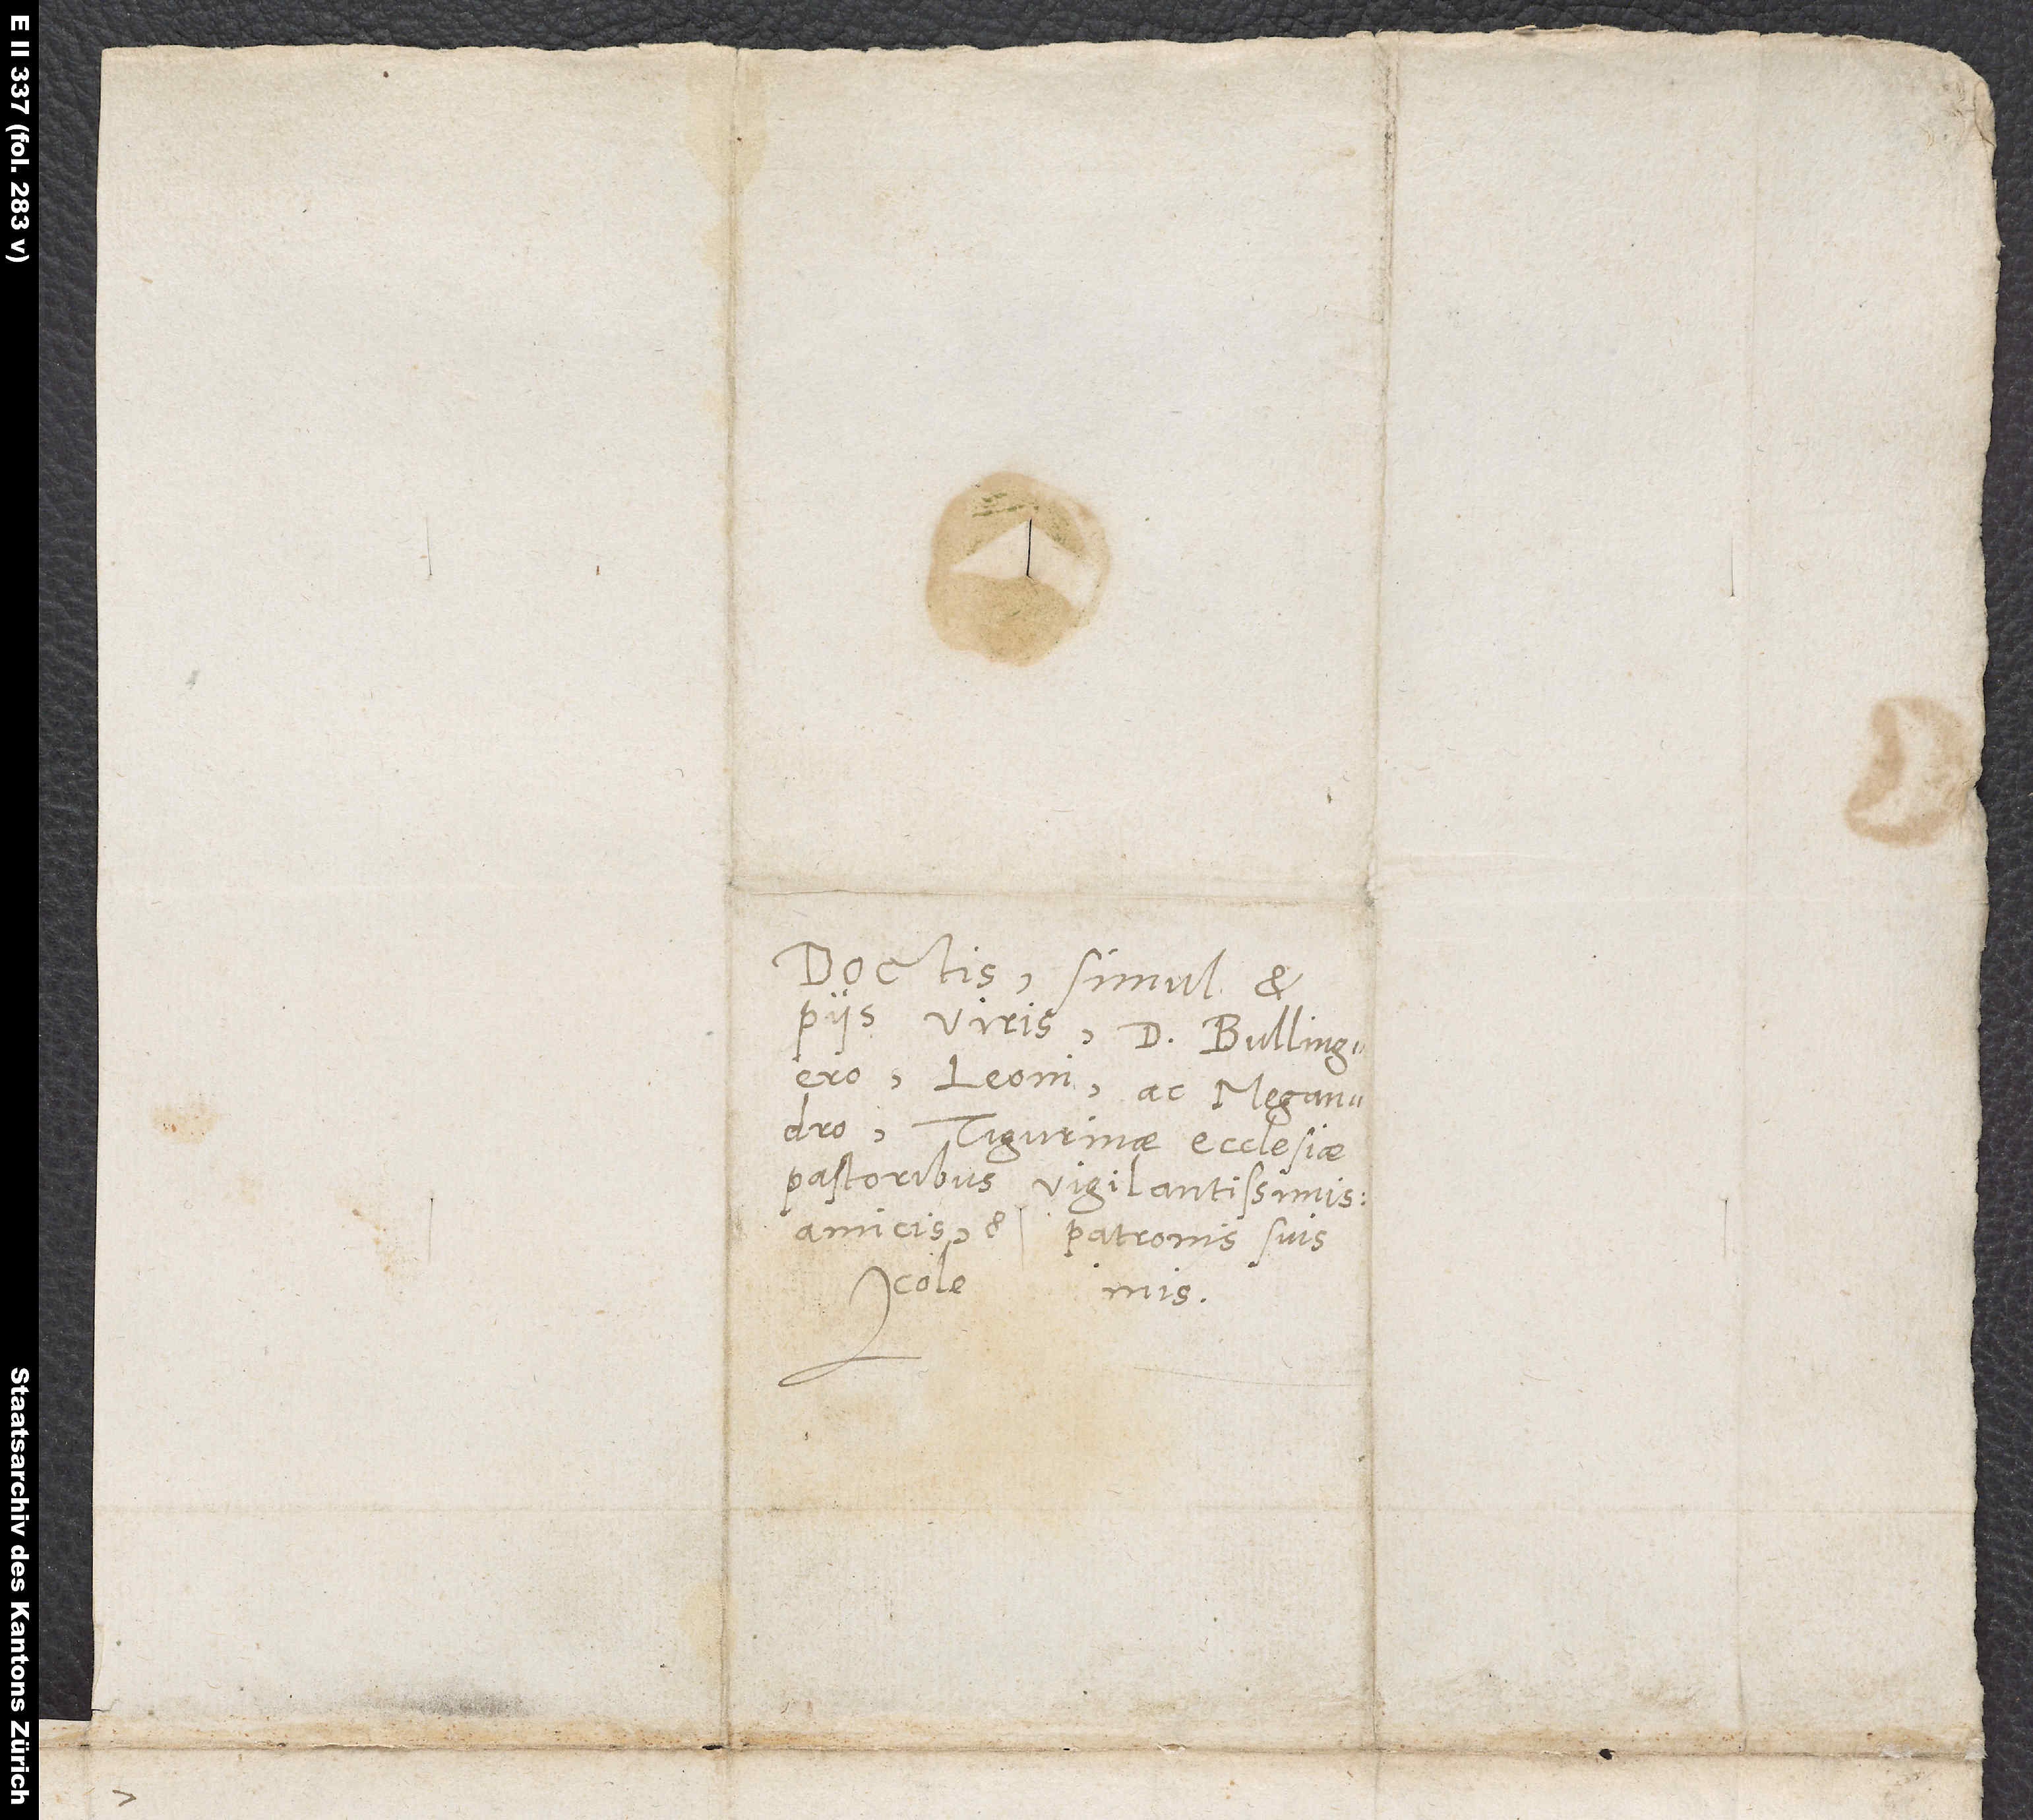
Doctis simul et
piis viris d. Bullingero,
Leoni ac Megandro,
Tigurinae ecclesiae
pastoribus vigilantissimis,
amicis et patronis suis